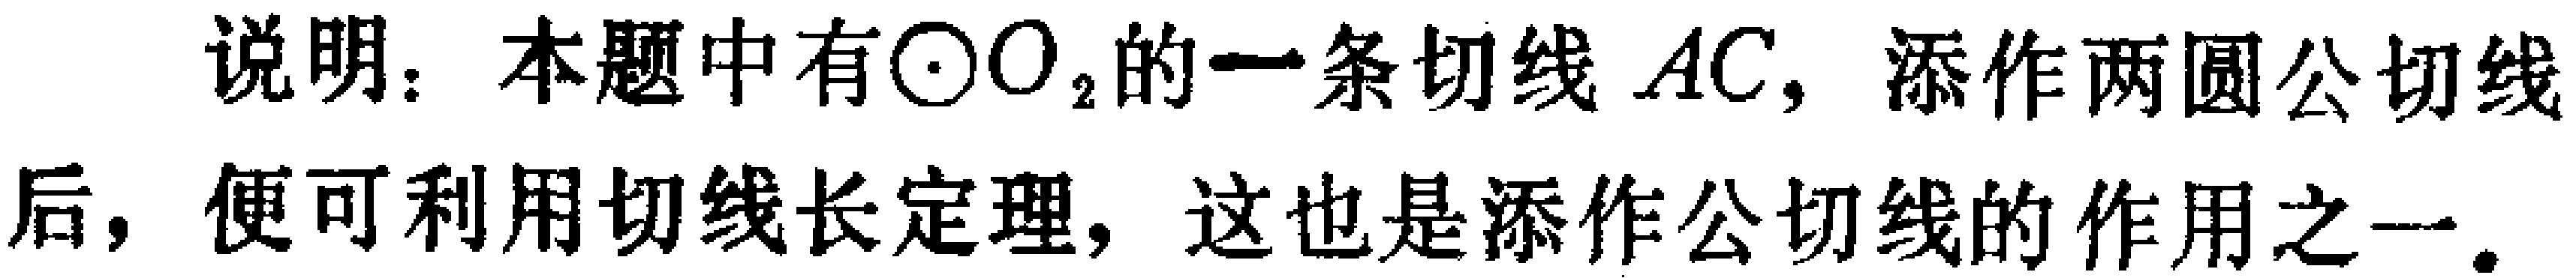
说明：本题中有$\odot O_{2}$的一条切线$AC$，添作两圆公切线后，便可利用切线长定理，这也是添作公切线的作用之一.